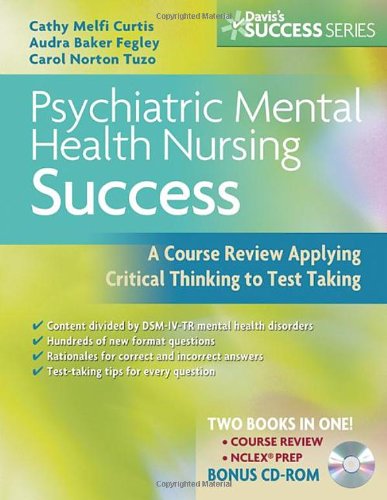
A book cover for Psychiatric Mental Health Nursing Success: A Course Review Applying Critical Thinking to Test Taking (Davis's Success); Cathy Melfi Curtis MSN  RN-BC; Medical Books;